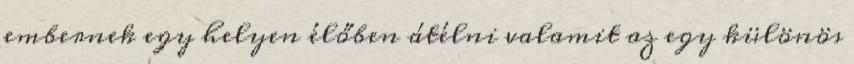
embernek egy helyen élőben átélni valamit az egy különös